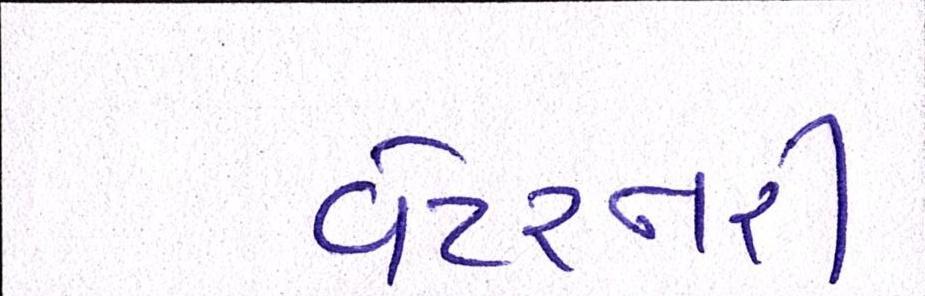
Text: વેટરનરી